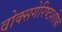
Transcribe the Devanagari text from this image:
वोक्सगेरिष्टशोफ़